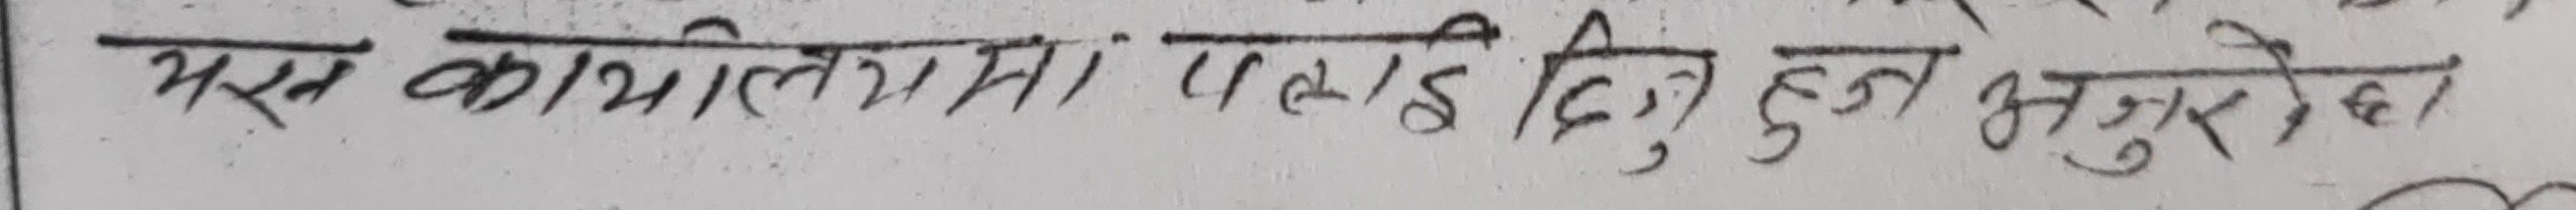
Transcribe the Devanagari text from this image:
यस कार्यालयमा पठाई दिए हुने अनुरोध छ ।